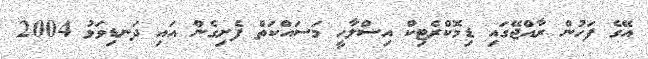
އޭގެ ފަހުން ރާއްޖޭގައި ޑިމޮކްރެޓިކް އިސްލާހީ މަސައްކަތް ފެށިގެން އައި ދަނޑިވަޅު 2004